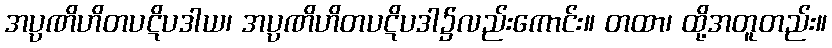
အပ္ပဏိဟိတပဋိပဒါယ၊ အပ္ပဏိဟိတပဋိပဒါ၌လည်းကောင်း။ တထာ၊ ထို့အတူတည်း။